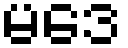
မဒေ